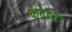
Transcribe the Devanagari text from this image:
कंठाचे